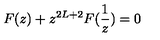
F ( z ) + z ^ { 2 L + 2 } F ( \frac { 1 } { z } ) = 0